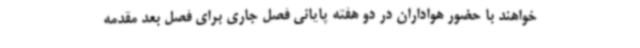
خواهند با حضور هواداران در دو هفته پایانی فصل جاری برای فصل بعد مقدمه